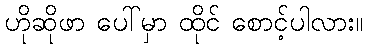
ဟိုဆိုဖာ ပေါ်မှာ ထိုင် စောင့်ပါလား။